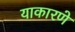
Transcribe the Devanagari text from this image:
याकारणे